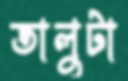
তালুটা